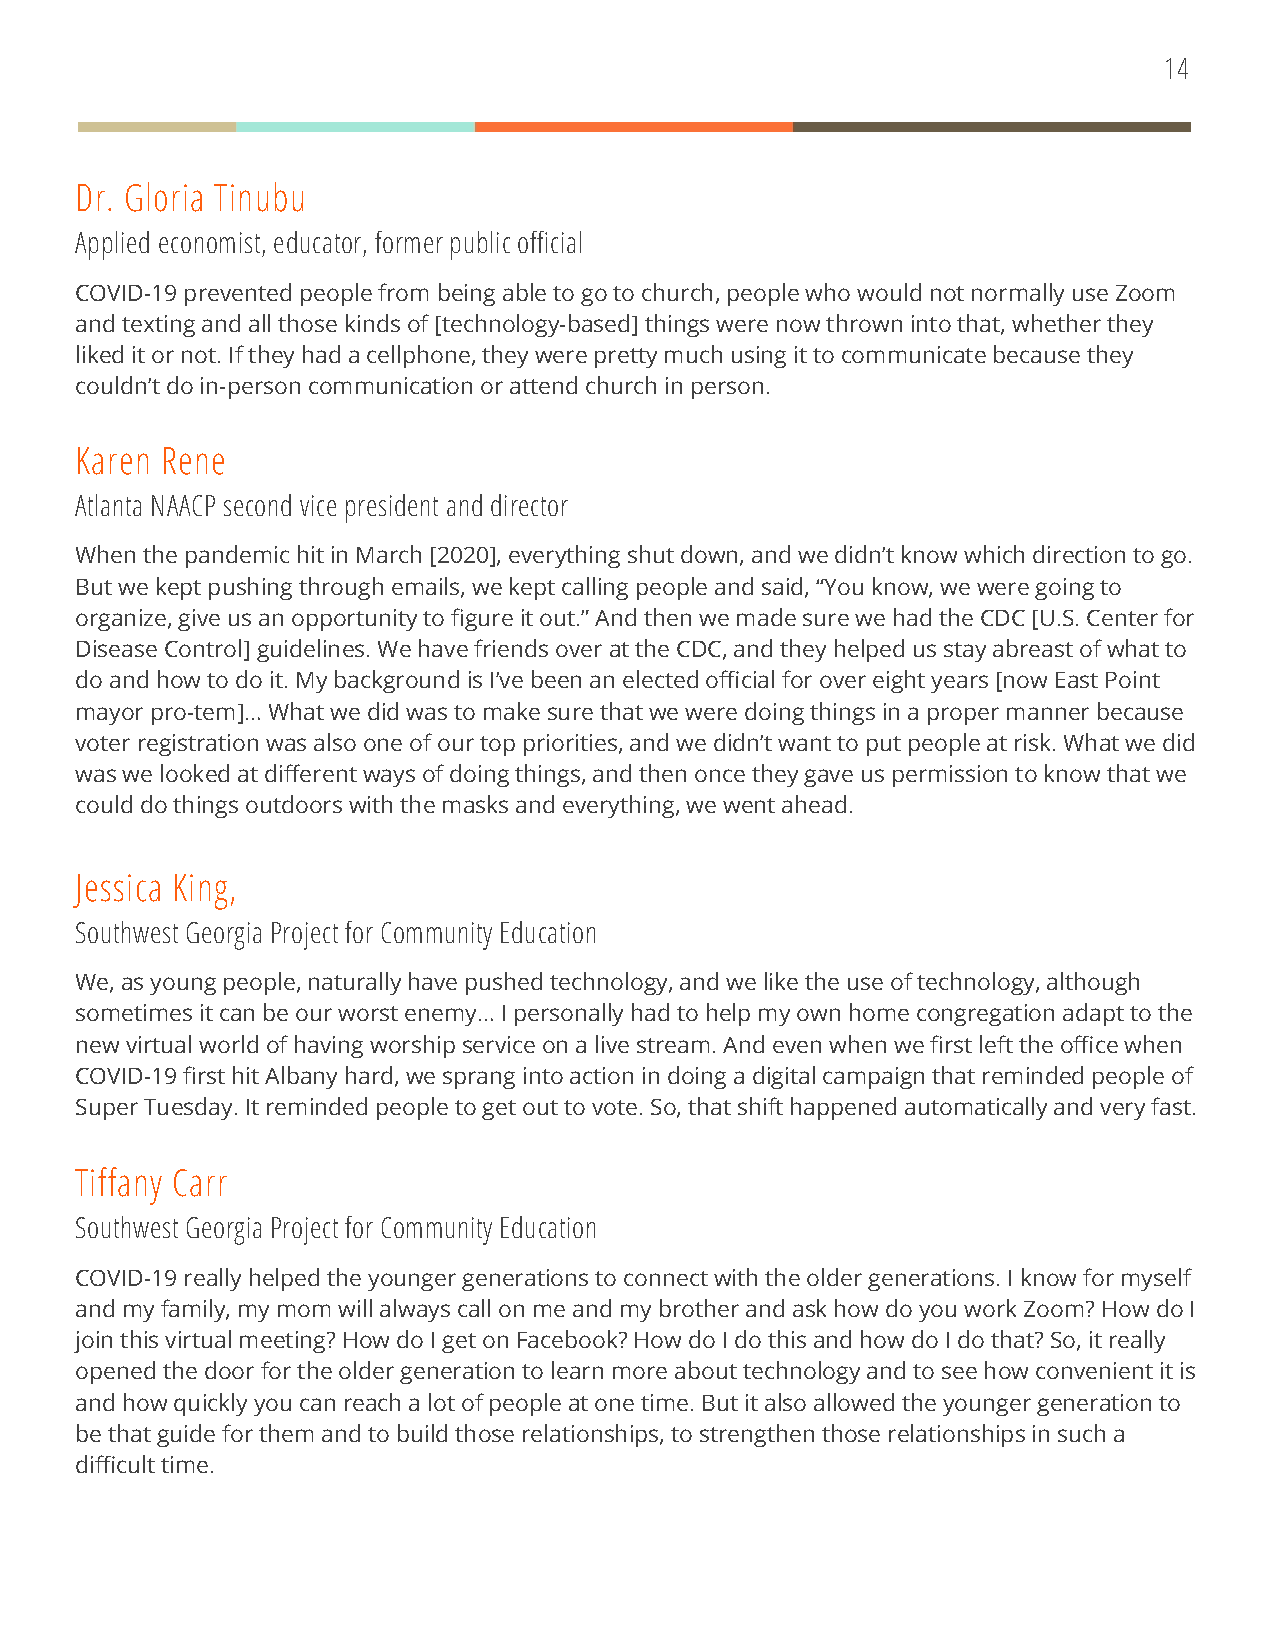
14
 Dr. Gloria Tinubu
 Applied economist, educator, former public official
 COVID-19 prevented people from being able to go to church, people who would not normally use Zoom
 and texting and all those kinds of [technology-based] things were now thrown into that, whether they
 liked it or not. If they had a cellphone, they were pretty much using it to communicate because they
 couldn’t do in-person communication or attend church in person.
 Karen Rene
 Atlanta NAACP second vice president and director
 When the pandemic hit in March [2020], everything shut down, and we didn’t know which direction to go.
 But we kept pushing through emails, we kept calling people and said, “You know, we were going to
 organize, give us an opportunity to figure it out.” And then we made sure we had the CDC [U.S. Center for
 Disease Control] guidelines. We have friends over at the CDC, and they helped us stay abreast of what to
 do and how to do it. My background is I’ve been an elected official for over eight years [now East Point
 mayor pro-tem]… What we did was to make sure that we were doing things in a proper manner because
 voter registration was also one of our top priorities, and we didn’t want to put people at risk. What we did
 was we looked at different ways of doing things, and then once they gave us permission to know that we
 could do things outdoors with the masks and everything, we went ahead.
 Jessica King,
 Southwest Georgia Project for Community Education
 We, as young people, naturally have pushed technology, and we like the use of technology, although
 sometimes it can be our worst enemy… I personally had to help my own home congregation adapt to the
 new virtual world of having worship service on a live stream. And even when we first left the office when
 COVID-19 first hit Albany hard, we sprang into action in doing a digital campaign that reminded people of
 Super Tuesday. It reminded people to get out to vote. So, that shift happened automatically and very fast.
 Tiffany Carr
 Southwest Georgia Project for Community Education
 COVID-19 really helped the younger generations to connect with the older generations. I know for myself
 and my family, my mom will always call on me and my brother and ask how do you work Zoom? How do I
 join this virtual meeting? How do I get on Facebook? How do I do this and how do I do that? So, it really
 opened the door for the older generation to learn more about technology and to see how convenient it is
 and how quickly you can reach a lot of people at one time. But it also allowed the younger generation to
 be that guide for them and to build those relationships, to strengthen those relationships in such a
 difficult time.